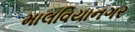
માલવિયાનગર